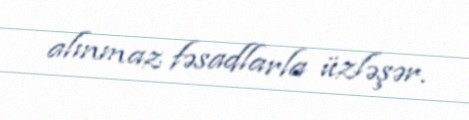
alınmaz fəsadlarla üzləşər.